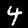
Digit: 4